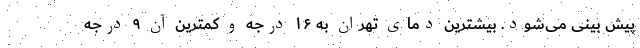
پیش بینی می‌شود. بیشترین دمای تهران به ۱۶ درجه و کمترین آن ۹ درجه